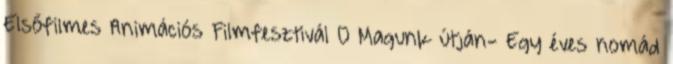
Elsőfilmes Animációs Filmfesztivál 0 Magunk útján- Egy éves nomád